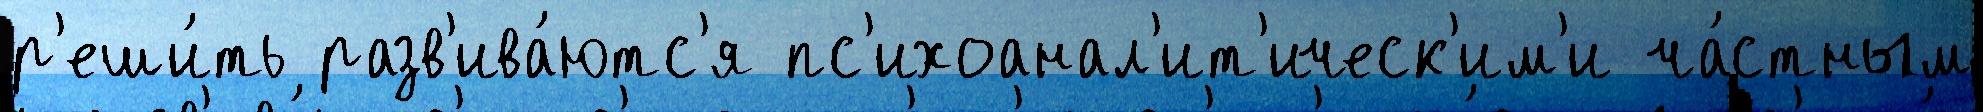
р'еши́ть разв'ива́ютс'я пс'ихоанал'ит'ическ'им'и ча́стным